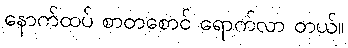
နောက်ထပ် စာတစောင် ရောက်လာ တယ်။